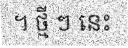
។ ថ្មី ៗ នេះ